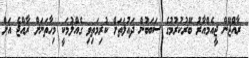
ރާއްޖޭން ޖީއެމްއާރު ބޭރުކުރުމުގެ ސަބަބުން ދައުލަތަށް ކުރިމަތިވި ގެއްލުމަކީ މިހާތަނަށް ރާއްޖެ އަށް